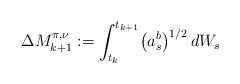
LaTeX: \begin{align*} \Delta M^{\pi,\nu}_{k+1}:= \int_{t_k}^{t_{k+1}} \bigl(a^b_s\bigr)^{1/2} \,dW_s\end{align*}